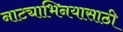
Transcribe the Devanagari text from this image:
नाट्याभिनयासाठी